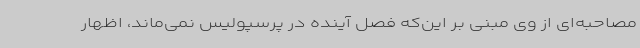
مصاحبه‌ای از وی مبنی بر این‌که فصل آینده در پرسپولیس نمی‌ماند، اظهار